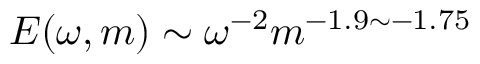
E ( \omega , m ) \sim \omega ^ { - 2 } m ^ { - 1 . 9 \sim - 1 . 7 5 }